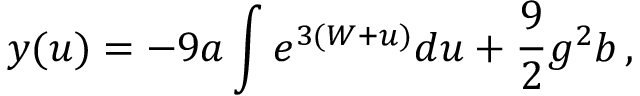
y ( u ) = - 9 a \int e ^ { 3 ( W + u ) } d u + \frac 9 2 g ^ { 2 } b \, ,